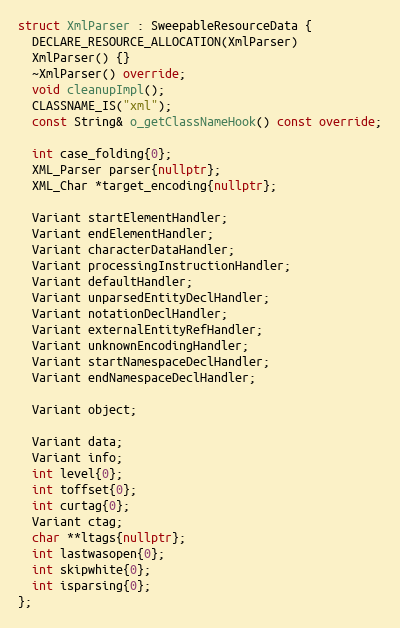
Language: C++
struct XmlParser : SweepableResourceData {
  DECLARE_RESOURCE_ALLOCATION(XmlParser)
  XmlParser() {}
  ~XmlParser() override;
  void cleanupImpl();
  CLASSNAME_IS("xml");
  const String& o_getClassNameHook() const override;

  int case_folding{0};
  XML_Parser parser{nullptr};
  XML_Char *target_encoding{nullptr};

  Variant startElementHandler;
  Variant endElementHandler;
  Variant characterDataHandler;
  Variant processingInstructionHandler;
  Variant defaultHandler;
  Variant unparsedEntityDeclHandler;
  Variant notationDeclHandler;
  Variant externalEntityRefHandler;
  Variant unknownEncodingHandler;
  Variant startNamespaceDeclHandler;
  Variant endNamespaceDeclHandler;

  Variant object;

  Variant data;
  Variant info;
  int level{0};
  int toffset{0};
  int curtag{0};
  Variant ctag;
  char **ltags{nullptr};
  int lastwasopen{0};
  int skipwhite{0};
  int isparsing{0};
};